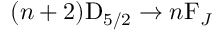
( n + 2 ) \mathrm { D } _ { 5 / 2 } \to n \mathrm { F } _ { J }